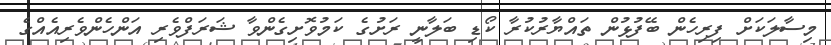
މިސާލަކަށް ފިރިހެން ބޭފުޅުން ތައްޔާރުކުރާ ކޯޑި ބަލާނީ ރަށުގެ ކަމުވޮށިގެންވާ ޝަރަފްވެރި އަންހެންވެރިއެއްގެ